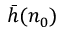
\bar { h } ( n _ { 0 } )